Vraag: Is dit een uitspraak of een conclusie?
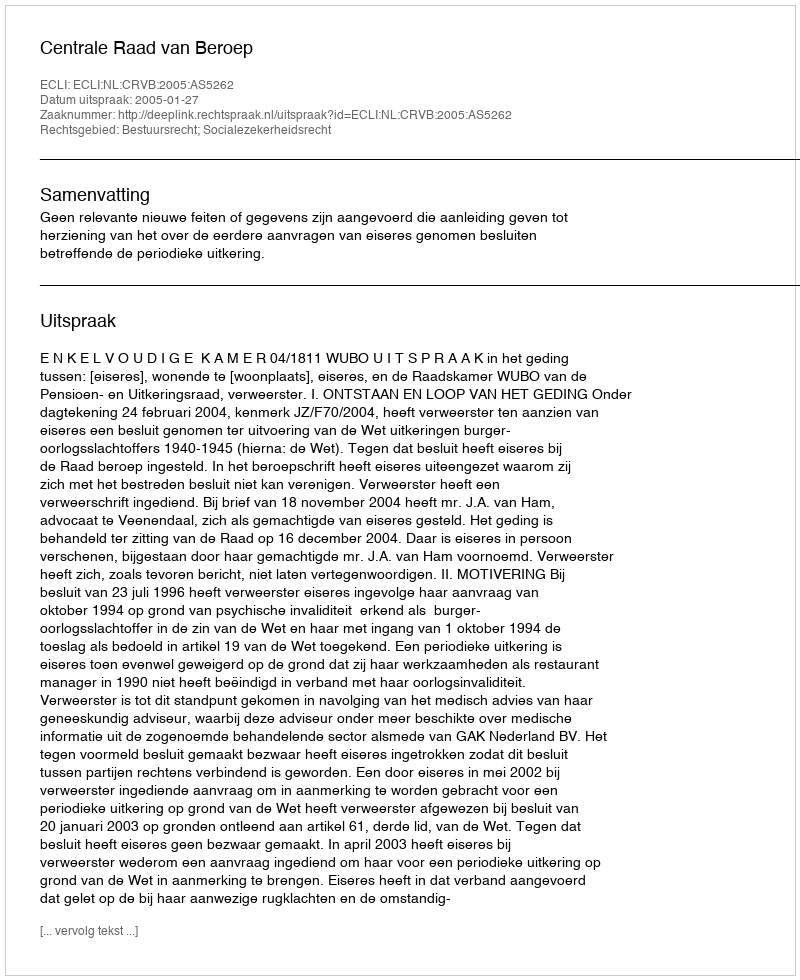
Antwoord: Uitspraak